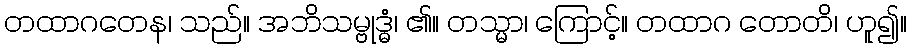
တထာဂတေန၊ သည်။ အဘိသမ္ဗုဒ္ဓံ၊ ၏။ တသ္မာ၊ ကြောင့်။ တထာဂ တောတိ၊ ဟူ၍။